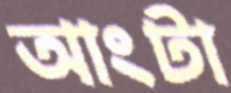
আংটা